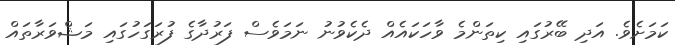
ކަމަށެވެ. އަދި ބޭރުގައި ކިތަންމެ ވާހަކައެއް ދެކެވުނު ނަމަވެސް ފަރުދާގެ ފުރަގަހުގައި މަޝްވަރާތައް